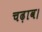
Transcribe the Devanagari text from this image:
चढ़ाव।